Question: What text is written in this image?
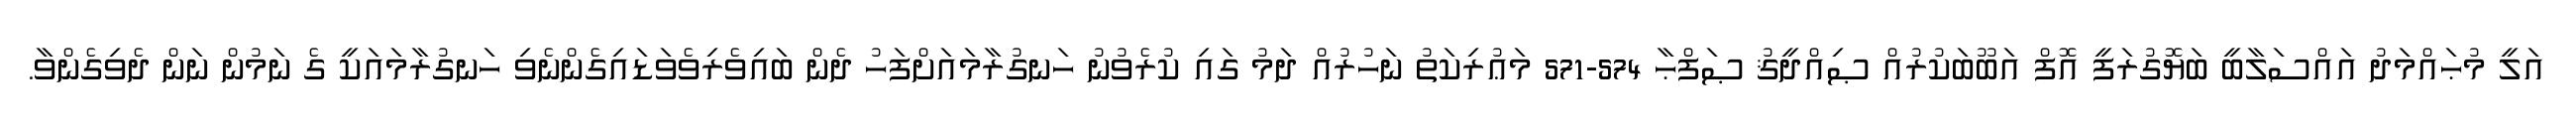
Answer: އަލީ މުޙައްމަދު އައްސަލާބީ ބަޔޮގުރަފީ އޮފް އަބޫބަކުރުއް ޞިއްދީޤު ޞަފްޙާ 574-571 މަޢުރިކަތު ނަހުރުއް ދަމު ގައި ކުރެވުނު ހަނގުރާމައަށްފަހު ދެން ބައިވެރިވެވަޑައިގެންނެވި ހަނގުރާމައަކީ ގެ ނަމުން ނަން ދެވިގެންވާ.